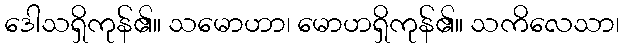
ဒေါသရှိကုန်၏။ သမောဟာ၊ မောဟရှိကုန်၏။ သကိလေသာ၊